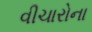
વીચારોના